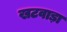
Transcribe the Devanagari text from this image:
खटवाड़ा